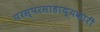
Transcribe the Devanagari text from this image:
परस्परसाहाय्यकारी